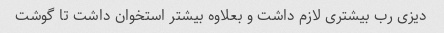
دیزی رب بیشتری لازم داشت و بعلاوه بیشتر استخوان داشت تا گوشت